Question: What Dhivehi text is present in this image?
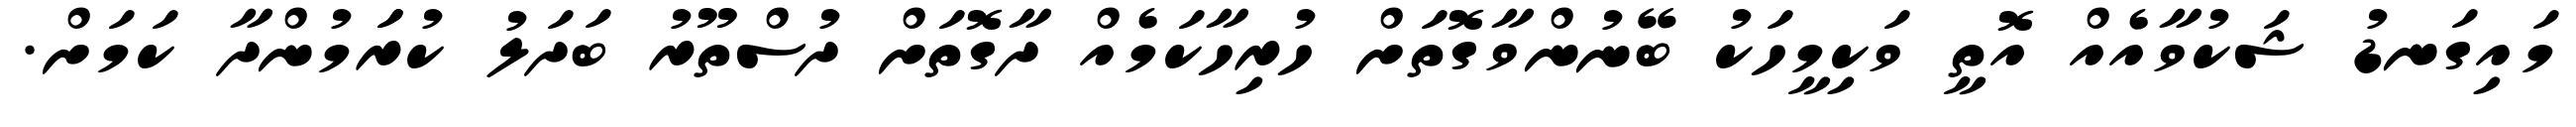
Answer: މައިގަނޑު ޝަކުވާއެއް އޮތީ ވަކިމީހަކު ބޭނުންވާގޮތަށް ހުރިހާކަމެއް ދާގޮތަށް ދުސްތޫރު ބަދަލު ކުރަަމުންދާ ކަމަށް.